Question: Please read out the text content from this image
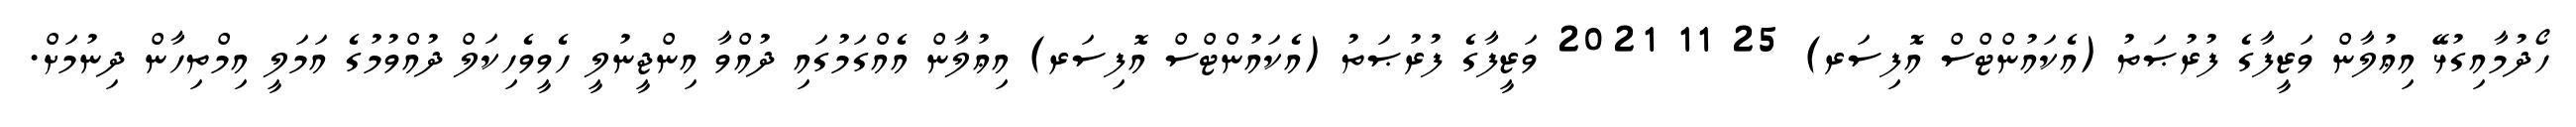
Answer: ހޯދުމާއިގުޅޭ އިޢުލާން ވަޒީފާގެ ފުރުޞަތު (އެކައުންޓްސް އޮފިސަރ) 25 11 2021 ވަޒީފާގެ ފުރުޞަތު (އެކައުންޓްސް އޮފިސަރ) އިޢުލާން އެއްގަމުގައި ދުއްވާ އިންޖީނުލީ ހެވީވެހިކަލް ދުއްވުމުގެ އަމަލީ އިމްތިހާން ދިނުމަށް.